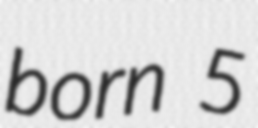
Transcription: born 5